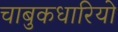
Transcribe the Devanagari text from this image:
चाबुकधारियो